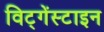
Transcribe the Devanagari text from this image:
विट्गेंस्टाइन